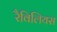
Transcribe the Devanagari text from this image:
रैविलियस